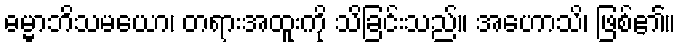
ဓမ္မာဘိသမယော၊ တရားအထူးကို သိခြင်းသည်။ အဟောသိ၊ ဖြစ်၏။